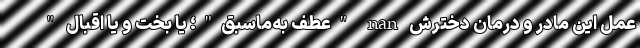
عمل این مادر و درمان دخترش nan "عطف به‌ماسبق"؛ یا بخت و یا اقبال "